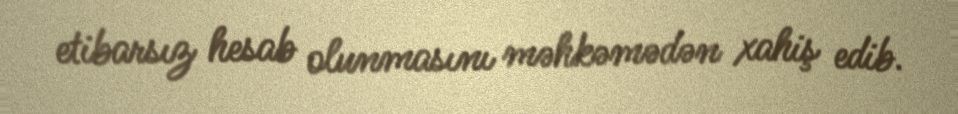
etibarsız hesab olunmasını məhkəmədən xahiş edib.